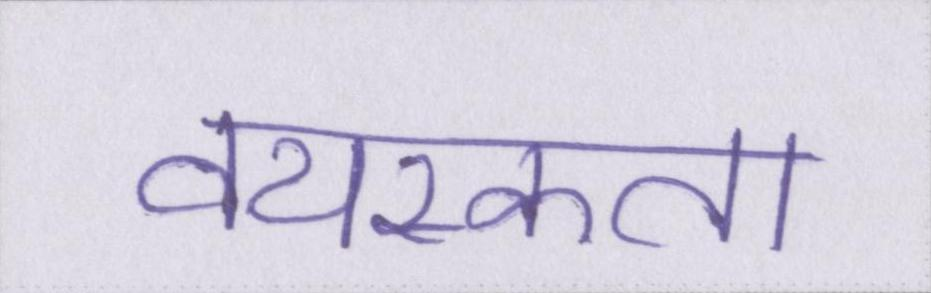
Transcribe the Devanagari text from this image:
वयस्कता